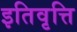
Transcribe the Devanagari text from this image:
इतिवृत्ति